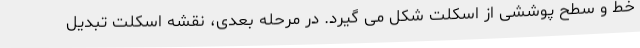
خط و سطح پوششی از اسکلت شکل می گیرد. در مرحله بعدی، نقشه اسکلت تبدیل